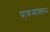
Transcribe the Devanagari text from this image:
पायऱ्यावरुन